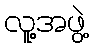
လူ့အဖွဲ့